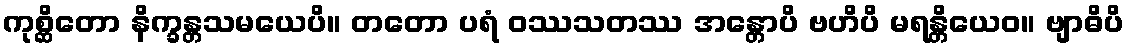
ကုစ္ဆိတော နိက္ခန္တသမယေပိ။ တတော ပရံ ဝဿသတဿ အန္တောပိ ဗဟိပိ မရန္တိယေဝ။ ဗျာဓိပိ